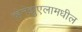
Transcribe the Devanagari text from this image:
व्हेनेझुएलामधील